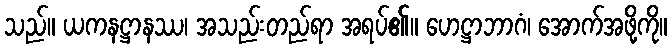
သည်။ ယကနဋ္ဌာနဿ၊ အသည်းတည်ရာ အရပ်၏။ ဟေဋ္ဌာဘာဂံ၊ အောက်အဖို့ကို။